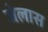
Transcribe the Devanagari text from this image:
जेलास